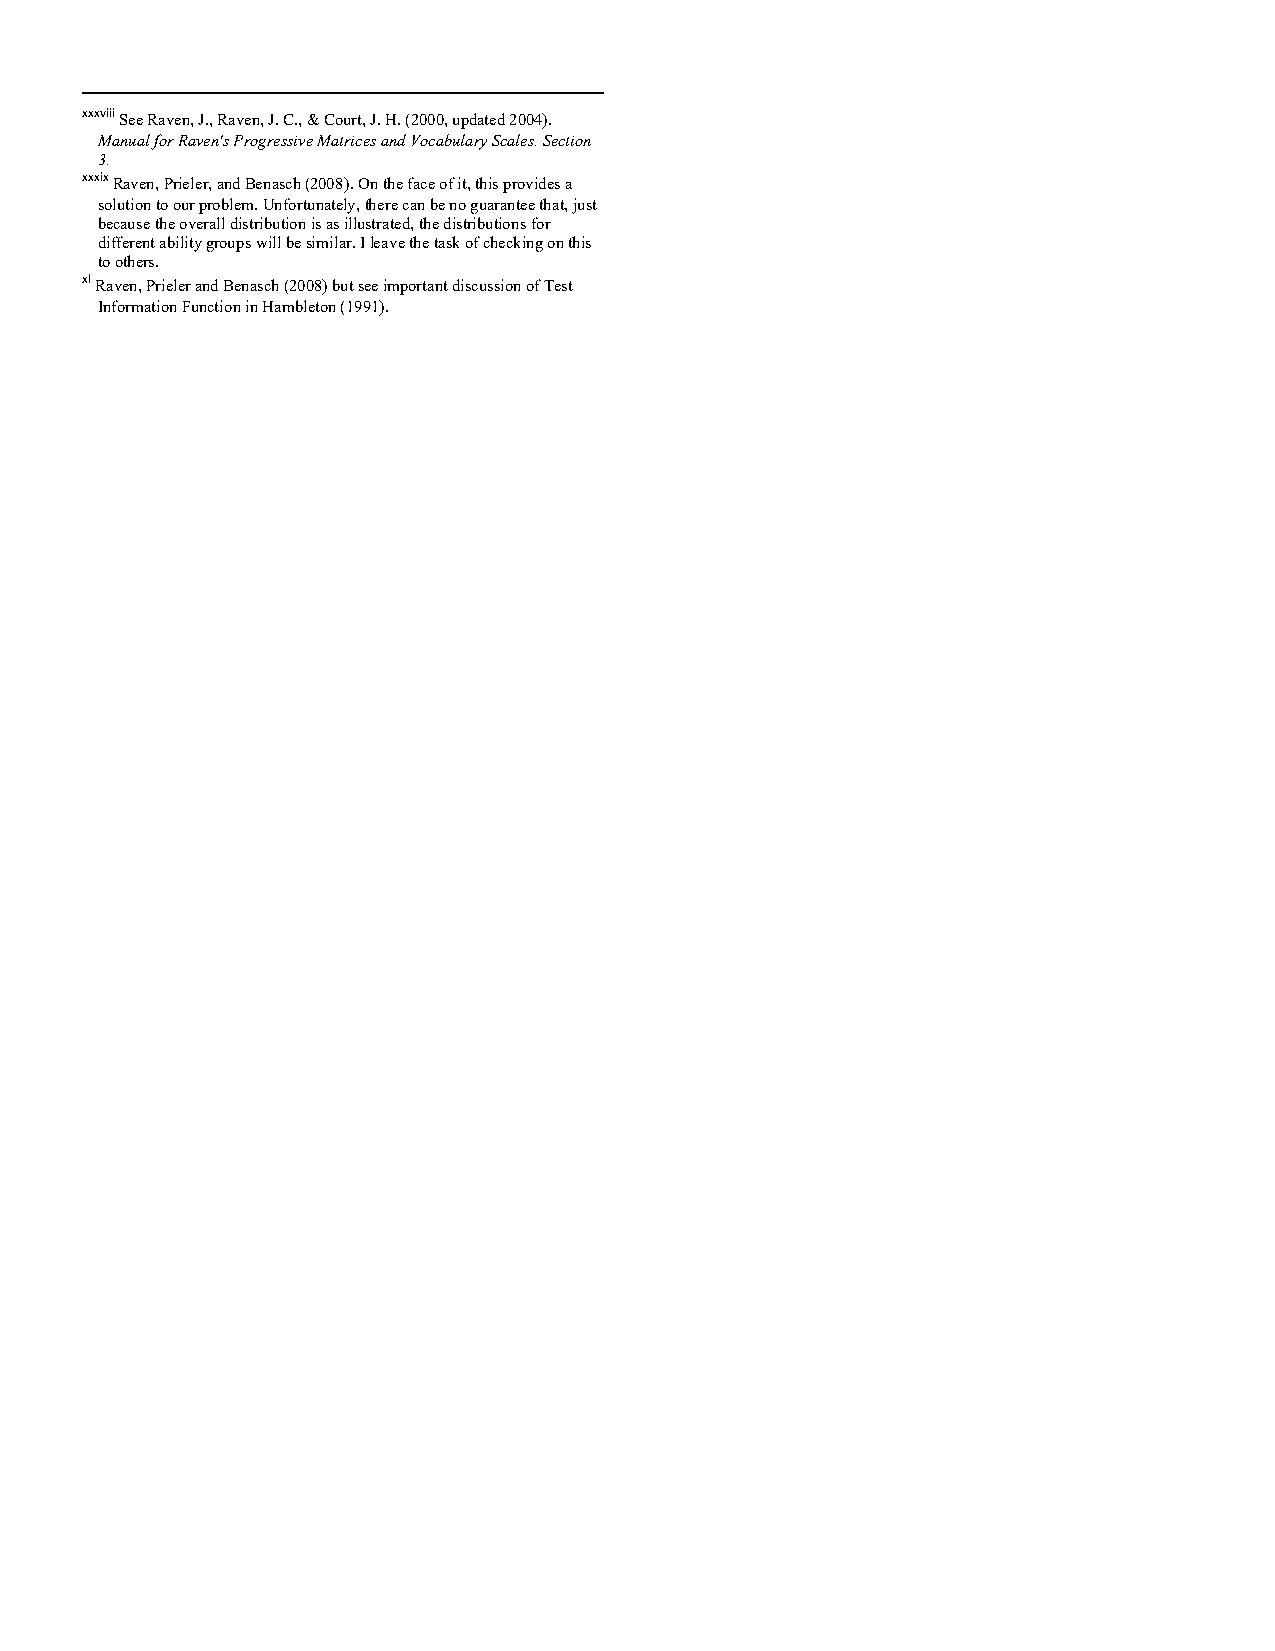
xxxviii See Raven, J., Raven, J. C., & Court, J. H. (2000, updated 2004).
 Manual for Raven's Progressive Matrices and Vocabulary Scales. Section
 3.
 xxxix Raven, Prieler, and Benasch (2008). On the face of it, this provides a
 solution to our problem. Unfortunately, there can be no guarantee that, just
 because the overall distribution is as illustrated, the distributions for
 different ability groups will be similar. I leave the task of checking on this
 to others.
 xl Raven, Prieler and Benasch (2008) but see important discussion of Test
 Information Function in Hambleton (1991).